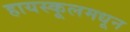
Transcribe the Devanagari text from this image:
हायस्‍कूलमधून